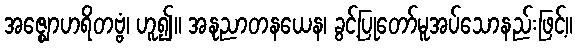
အဇ္ဈောဟရိတဗ္ဗံ၊ ဟူ၍။ အနုညာတနယေန၊ ခွင့်ပြုတော်မူအပ်သောနည်းဖြင့်။